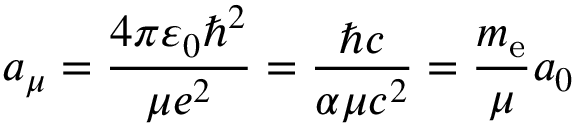
a _ { \mu } = { \frac { 4 \pi \varepsilon _ { 0 } \hbar ^ { 2 } } { \mu e ^ { 2 } } } = { \frac { \hbar c } { \alpha \mu c ^ { 2 } } } = { \frac { m _ { \mathrm { e } } } { \mu } } a _ { 0 }